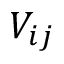
V _ { i j }